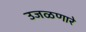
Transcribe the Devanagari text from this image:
उजळणारे